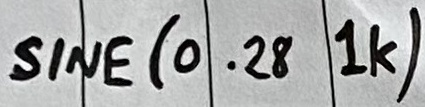
Text: SINE(0..28 1K)